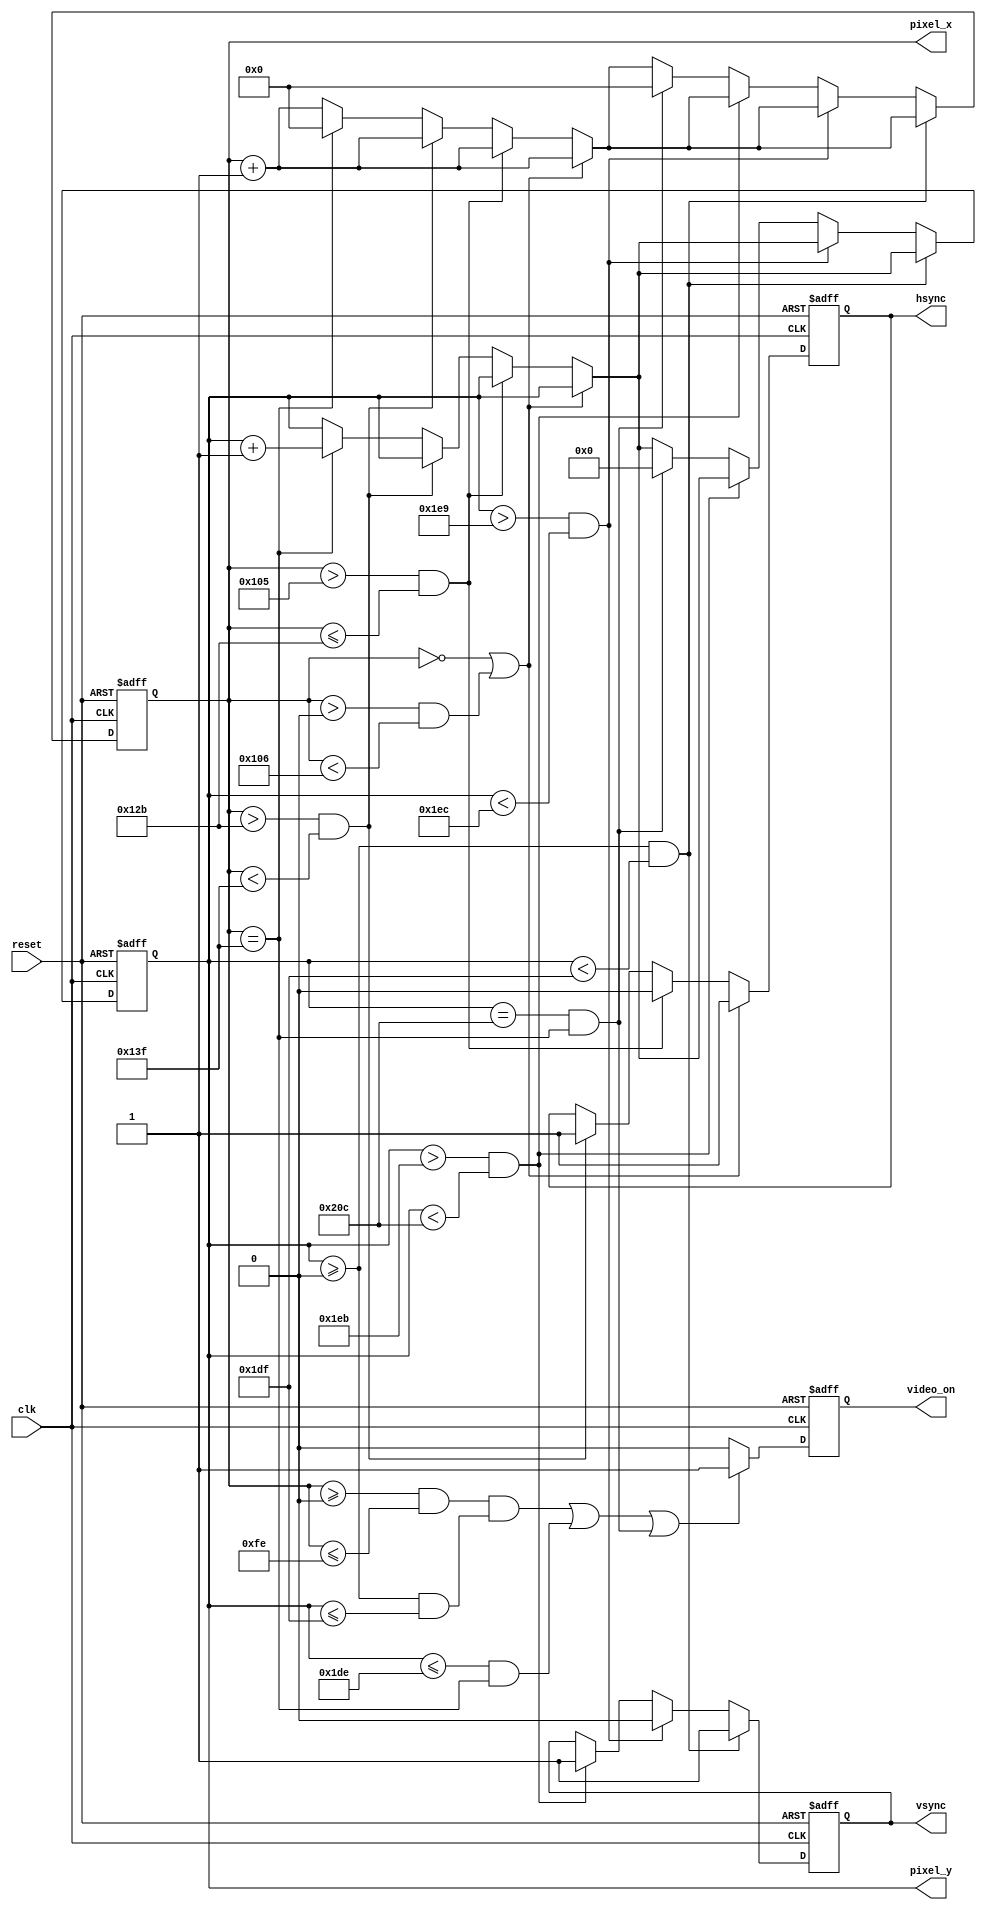
`timescale 1ns / 1ns
module vga_sync(input clk,reset,output reg video_on,hsync,vsync,output reg[8:0] pixel_x,output reg[9:0] pixel_y );
always@(posedge clk or negedge reset)
begin
if (~reset)
begin
pixel_x<=0;
pixel_y<=0;
hsync<=1;
vsync<=1;
video_on<=1;
end
else
begin
pixel_x<=pixel_x+1;
if((pixel_x==0)||(pixel_x>0&&pixel_x<262))
begin
hsync<=1;
end
else if(pixel_x>261&&pixel_x<=299)
begin
hsync<=0;
end
else if(pixel_x>299&&pixel_x<319)
hsync<=1;
else if(pixel_x==319)
begin
pixel_x<=0;
pixel_y<=pixel_y+1;
end
if((pixel_y>=0&&pixel_y<479))
begin
vsync<=1;
end
else if(pixel_y>489&&pixel_y<492)
vsync<=0;
else if(pixel_y>491&&pixel_y<524)
vsync<=1;
else if(pixel_y==524&&pixel_x==319)
begin
pixel_y<=0;
pixel_x<=0;
end
if(((pixel_x>=0&&pixel_x<=254)&&(pixel_y>=0&&pixel_y<=479))||(pixel_y<=478&&pixel_x==319)||(pixel_y==524&&pixel_x==319))
video_on<=1;
else 
video_on<=0;
end
end
endmodule